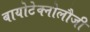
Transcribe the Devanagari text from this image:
बायोटेक्नोलौजी